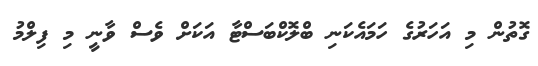
ގޮތުން މި އަހަރުގެ ހަމައެކަނި ބްލޮކްބަސްޓާ އަކަށް ވެސް ވާނީ މި ފިލްމު